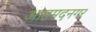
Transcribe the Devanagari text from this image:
आहमदनगर